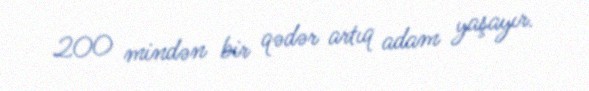
200 mindən bir qədər artıq adam yaşayır.